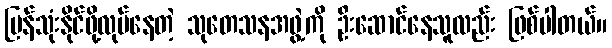
ပြန်သုံးနိုင်ဖို့လုပ်နေတဲ့ သုတေသနအဖွဲ့ကို ဦးဆောင်နေသူလည်း ဖြစ်ပါတယ်။